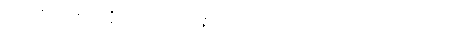
သုခုမစ္ဆိကေန အဇ္ဈဘာသိံသု နိပန္နကောဝ ပဋိနိဒ္ဒေသဘာဝတော သတောပေ